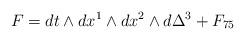
LaTeX: \begin{align*}F=dt\wedge dx^1\wedge dx^2\wedge d\Delta^3+F_{75}\end{align*}